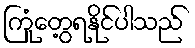
ကြုံတွေ့ရနိုင်ပါသည်